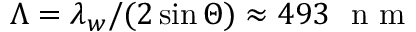
\Lambda = \lambda _ { w } / ( 2 \sin { \Theta } ) \approx 4 9 3 ~ \textrm { n m }